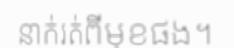
នាក់រត់ពីមុខផង។